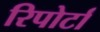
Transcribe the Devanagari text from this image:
रिपोर्टां